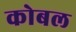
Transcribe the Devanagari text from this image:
कोबल